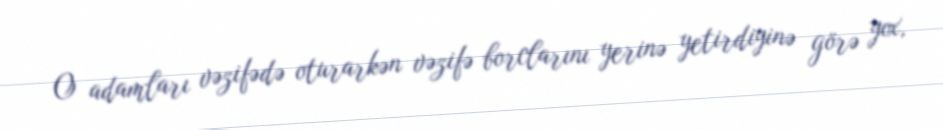
O adamları vəzifədə oturarkən vəzifə borclarını yerinə yetirdiyinə görə yox,